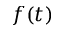
f ( t )